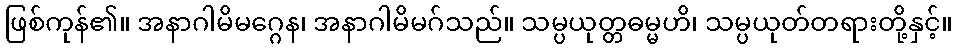
ဖြစ်ကုန်၏။ အနာဂါမိမဂ္ဂေန၊ အနာဂါမိမဂ်သည်။ သမ္ပယုတ္တဓမ္မဟိ၊ သမ္ပယုတ်တရားတို့နှင့်။